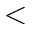
<